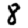
Digit: 8